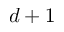
d + 1